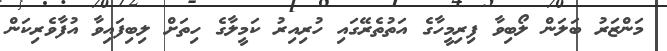
މަންޒަރު ބަލަން ލޯބިވާ ފިރިމީހާގެ އަތުތެރޭގައި ހުރިއިރު ކަމީލާގެ ހިތަށް ލިބިފައިވާ އުފާވެރިކަން